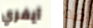
آيفري قد